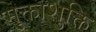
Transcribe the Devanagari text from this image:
मुक्ताशुक्ति